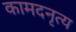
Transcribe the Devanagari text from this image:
कामदनृत्य